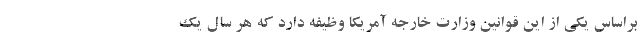
براساس یکی از این قوانین وزارت خارجه آمریکا وظیفه دارد که هر سال یک